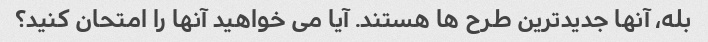
بله، آنها جدیدترین طرح ها هستند. آیا می خواهید آنها را امتحان کنید؟